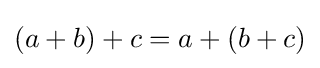
(a+b)+c=a+(b+c)